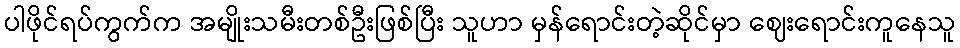
ပါဖိုင်ရပ်ကွက်က အမျိုးသမီးတစ်ဦးဖြစ်ပြီး သူဟာ မှန်ရောင်းတဲ့ဆိုင်မှာ ဈေးရောင်းကူနေသူ